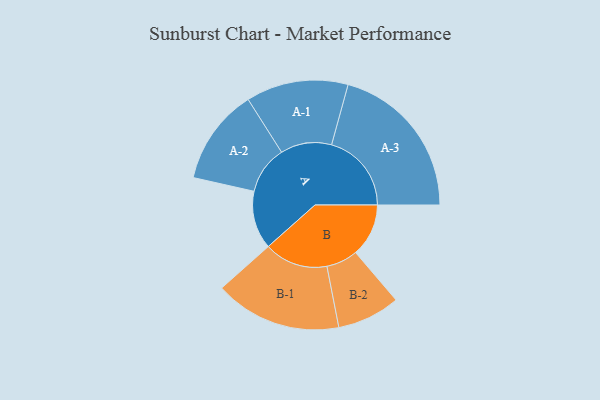
{"axis": {"x": "Segment", "y": "Value"}, "legend": ["", "A", "B"], "data": [{"x": "A", "y": 214, "type": ""}, {"x": "B", "y": 195, "type": ""}, {"x": "A-1", "y": 188, "type": "A"}, {"x": "A-2", "y": 177, "type": "A"}, {"x": "A-3", "y": 294, "type": "A"}, {"x": "B-1", "y": 234, "type": "B"}, {"x": "B-2", "y": 116, "type": "B"}]}